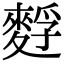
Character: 䴸